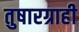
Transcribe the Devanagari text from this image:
तुषारग्राही